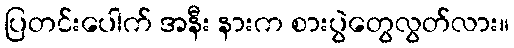
ပြတင်းပေါက် အနီး နားက စားပွဲတွေလွတ်လား။